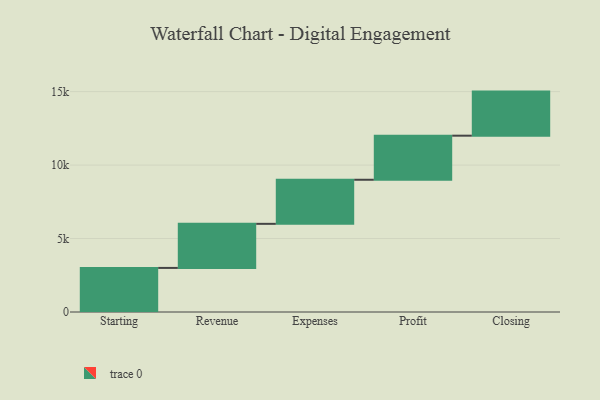
{"axis": {"x": "Step", "y": "Value"}, "legend": [""], "data": [{"x": "Starting", "y": 3000, "type": ""}, {"x": "Revenue", "y": 3000, "type": ""}, {"x": "Expenses", "y": 3000, "type": ""}, {"x": "Profit", "y": 3000, "type": ""}, {"x": "Closing", "y": 3000, "type": ""}]}